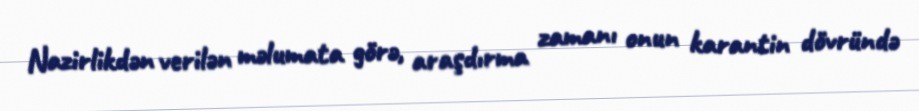
Nazirlikdən verilən məlumata görə, araşdırma zamanı onun karantin dövründə